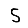
Digit: 5